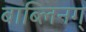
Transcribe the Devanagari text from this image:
बाब्लिनग्